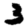
Digit: 3